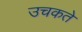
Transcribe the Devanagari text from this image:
उचकते